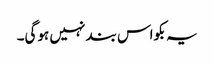
یہ بکواس بند نہیں ہوگی۔